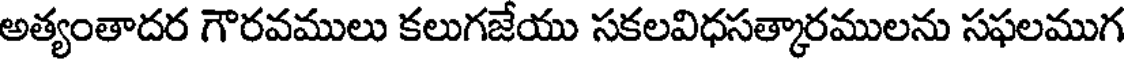
అత్యంతాదర గౌరవములు కలుగజేయు సకలవిధసత్కారములను సఫలముగ